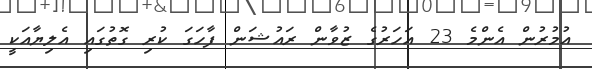
އުމުރުން އެންމެ 23 އަހަރުގެ ޒުވާން ރައުޝަން ފާހަގަ ކުރި ގޮތުގައި އެލިޔާއަކީ